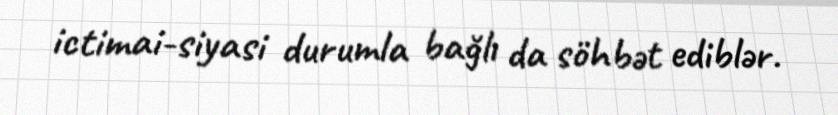
ictimai-siyasi durumla bağlı da söhbət ediblər.